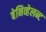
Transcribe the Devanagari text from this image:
बेनिव्हेलन्ट